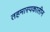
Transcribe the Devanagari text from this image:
तहमास्पकालीन